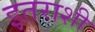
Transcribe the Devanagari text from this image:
इतराशी